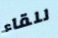
للقاء